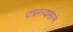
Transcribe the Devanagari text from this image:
पांघरल्यासारखे